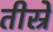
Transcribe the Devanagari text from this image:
तीस्रे